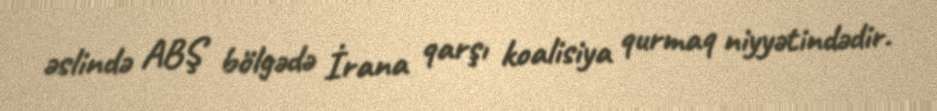
əslində ABŞ bölgədə İrana qarşı koalisiya qurmaq niyyətindədir.